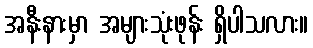
အနီးနားမှာ အများသုံးဖုန်း ရှိပါသလား။